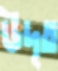
উদৃত